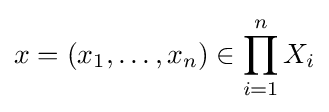
x=\left(x_{1},\ldots ,x_{n}\right)\in \prod _{i=1}^{n}X_{i}